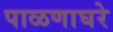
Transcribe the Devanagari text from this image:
पाळणाघरे